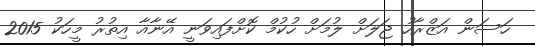
ހަސަން އަޒްރާހު ޖަލަށް ލުމަށް ހުކުމް ކޮށްފައިވަނީ އޭނާއާ އިތުރު މީހަކު 2015